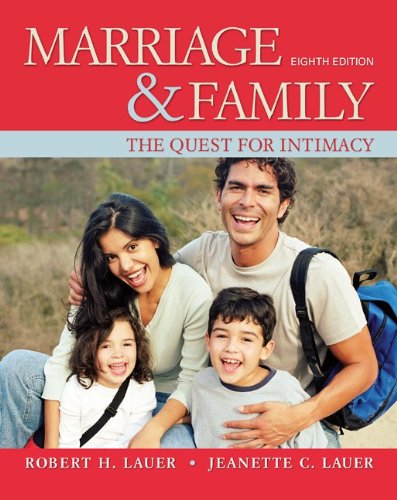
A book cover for Marriage and Family: The Quest for Intimacy; Robert Lauer; Politics & Social Sciences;